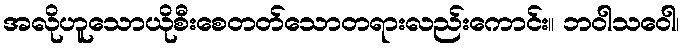
အလိုဟူသောယိုစီးစေတတ်သောတရားလည်းကောင်း။ ဘဝါသဝေါ၊